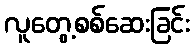
လူတွေ့စစ်ဆေးခြင်း